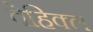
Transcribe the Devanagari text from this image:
वेहिक्ल